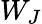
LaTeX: W_{J}